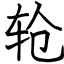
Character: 轮